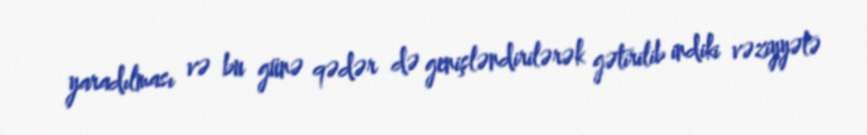
yaradılması və bu günə qədər də genişləndirilərək gətirilib indiki vəziyyətə